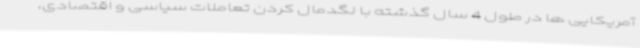
آمریکایی ها در طول 4 سال گذشته با لگدمال کردن تعاملات سیاسی و اقتصادی،